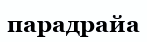
парадрайа